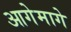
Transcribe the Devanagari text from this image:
आगेमागे